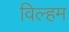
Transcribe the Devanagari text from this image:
विल्‍हम